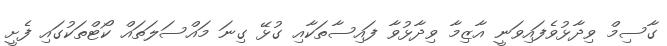
ގާސިމް ވިދާޅުވެފައިވަނީ އާޒިމާ ވިދާޅުވާ ފައިސާތަކާއި ގުޅޭ ގިނަ މައްސަލަތައް ކޯޓްތަކުގައި ފެށީ